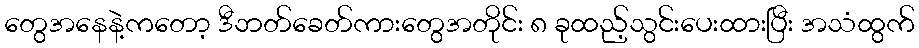
တွေအနေနဲ့ကတော့ ဒီဘတ်ခေတ်ကားတွေအတိုင်း ၈ ခုထည့်သွင်းပေးထားပြီး အသံထွက်